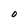
Character: O